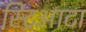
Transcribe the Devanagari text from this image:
स्ट्रिआटा